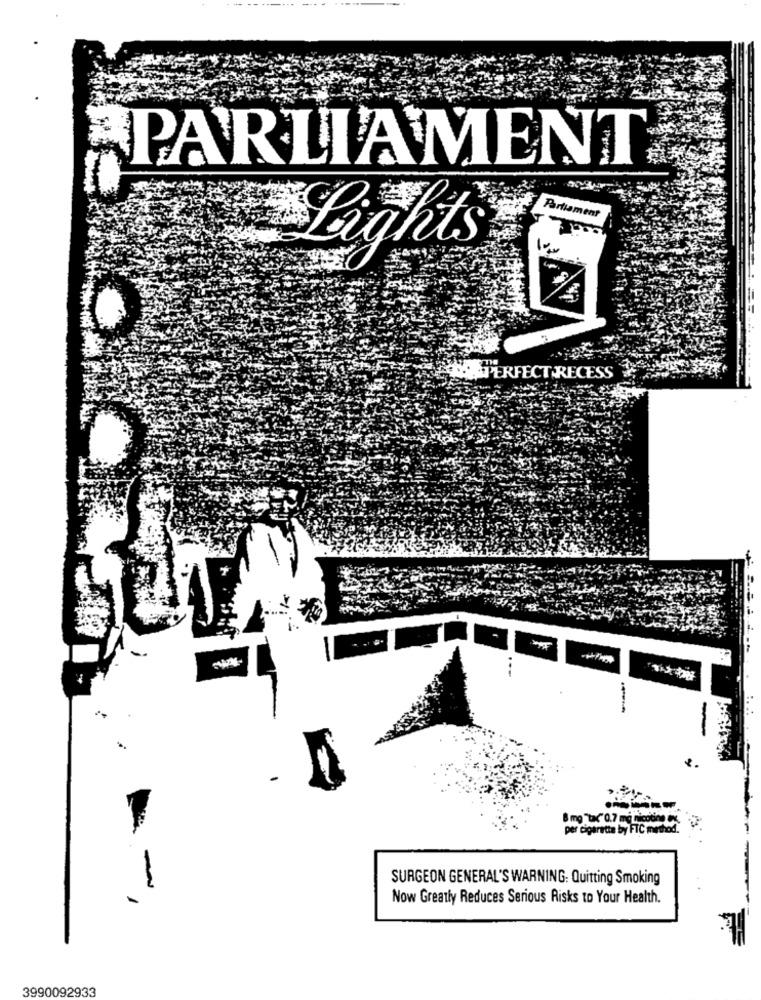
PARLIAMENT
Parliament
Lights
......
PERFECT RECESS
8 mg Tta(" 0.7 mg nicotina IL.
per cigarette by FTC method.
SURGEON GENERAL'S WARNING: Quitting Smoking
--
Now Greatly Reduces Serious Risks to Your Health.
3990092933